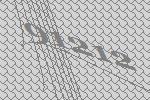
91212